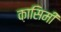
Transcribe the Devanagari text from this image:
क़ासिमी